Vaccine operations Central Provinces 1900-1911 - 1900-1911
Year: 1900
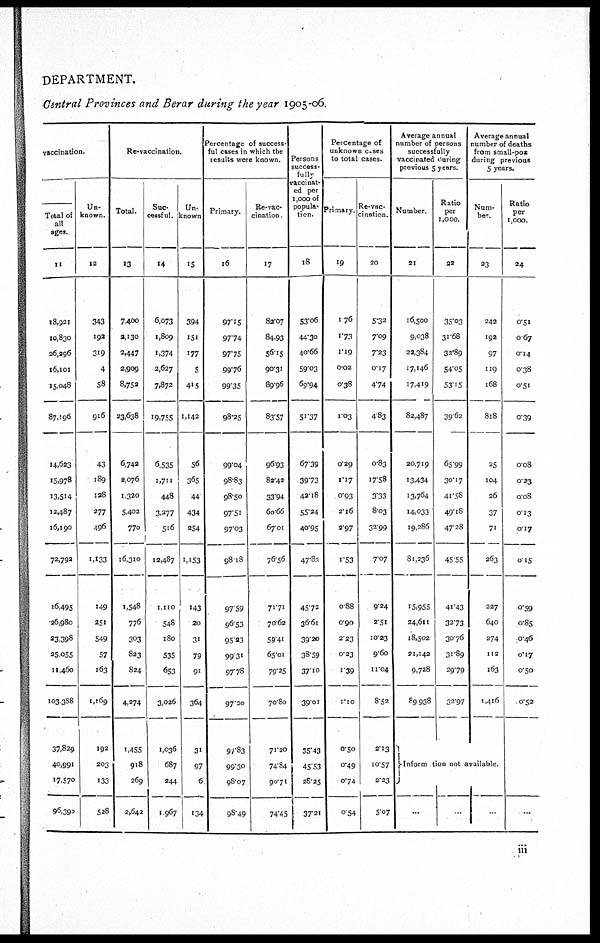
DEPARTMENT.
Central Provinces and Berar during the year 1905-06.
vaccination.
Total of
all
ages.
11
18,921
10,830
26,296
16,101
15,048
87,196
14,623
15,978
13,514
12,487
16,190
72,792
16,495
26,980
23,398
25,055
11,460
103,388
37,829
40,991
17,570
96,390
Un-
known.
12
343
192
319
4
58
916
43
189
128
277
496
1,133
149
251
549
57
163
1,169
192
203
133
528
Re-vaccination.
Total.
13
7,400
2,130
2,447
2,909
8,752
23,638
6,742
2,076
1,320
5,402
770
16,310
1,548
776
303
823
824
4,274
1,455
918
269
2,642
Suc-
cessful.
14
6,073
1,809
1,374
2,627
7,872
19,755
6,535
1,711
448
3,277
516
12,487
1,110
548
180
535
653
3,026
1,036
687
244
1,967
Un-
known
15
394
151
177
5
415
1,142
56
365
44
434
254
1,153
143
20
31
79
91
364
31
97
6
134
Percentage of success-
ful cases in which the
results were known.
Primary.
16
97.15
97.74
97.75
99.76
99.35
98.25
99.04
98.83
98.50
97.51
97.03
98.18
97.59
96.53
95.23
99.31
97.78
97.20
97.83
99.30
98.07
98.49
Re-vac-
cination
17
82.07
84.93
56.15
90.31
89.96
83.57
96.93
82.42
33.94
60.66
67.01
76.56
71.71
70.62
59.41
65.01
79.25
70.80
71.20
74.84
90.71
74.45
Persons
success-
fully
vaccinat-
ed per
1,000 of
popula-
tion.
18
53.06
44.30
40.66
59.03
69.94
51.37
67.39
39.73
42.18
55.24
40.95
47.82
45.72
36.61
39.20
38.59
37.10
39.01
35.43
45.53
28.25
37.21
Percentage of
unknown cases
to total cases.
Primary.
19
1.76
1.73
1.19
0.02
0.38
1.03
0.29
1.17
0.93
2.16
2.97
1.53
0.88
0.90
2.23
0.23
1.39
1.10
0.50
0.49
0.74
0.54
Re- vac-
cination.
20
5.32
7.09
7.23
0.17
4.74
4.83
0.83
17.58
3.33
8.03
32.99
7.07
9.24
2.51
10.23
9.60
11.04
8.52
2.13
10.57
2.23
5.07
Average annual
number of persons
successfully
vaccinated during
previous 5 years.
Number.
21
16,500
9,038
22,384
17,146
17,419
82,487
20,719
13,434
13,764
14,033
19,286
81,236
15,955
24,611
18,502
21,142
9,728
89,938
Ratio
per
1,000.
22
35.03
31.68
32.89
54.05
53.15
39.62
65.99
30.17
41.58
49.18
47.28
45.55
41.43
32.73
30.76
31.89
29.79
32.97
Average annual
number of deaths
from small-pox
during previous
5 years.
Num-
ber.
23
242
192
97
119
168
818
25
104
26
37
71
263
227
640
274
112
163
l,4l6
Ratio
per
1,000.
24
0.51
0.67
0.14
0.38
0.51
0.39
0.08
0.23
0.08
0.13
0.17
0.15
0.59
0.85
0.46
0.17
0.50
0.52
Information not available
...
..
...
...
iii